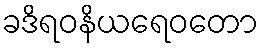
ခဒိရဝနိယရေဝတော